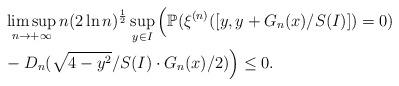
LaTeX: \begin{align*}&\limsup_{n\to+\infty}n(2\ln n)^{\frac{1}{2}}\sup_{y\in I}\Big(\mathbb{P}(\xi^{(n)}([y,y+G_n(x)/S(I)])=0)\\ &-D_n(\sqrt{4-y^2}/S(I) \cdot G_n(x)/2)\Big)\leq 0.\end{align*}